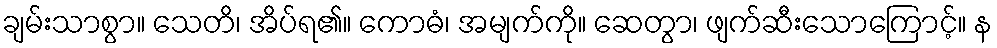
ချမ်းသာစွာ။ သေတိ၊ အိပ်ရ၏။ ကောဓံ၊ အမျက်ကို။ ဆေတွာ၊ ဖျက်ဆီးသောကြောင့်။ န